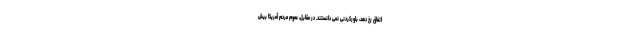
اتفاق رخ دهد، باورکردنی نمی دانستند. در مقابل، عموم مردم آمریکا بیش